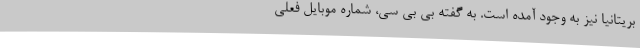
بریتانیا نیز به وجود آمده است. به گفته بی بی سی، شماره موبایل فعلی